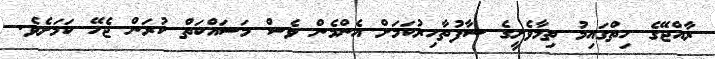
ރާއްޖޭގެ ހިތްގައިމު ތިމާވެށީގެ ސާފުތާހިރުކަމަށް އެންމެން ވެސް މަސައްކަތް ކުރަން ޖެހޭ ކަމަށެވެ.